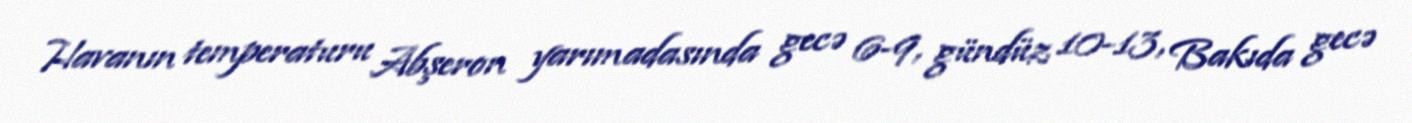
Havanın temperaturu Abşeron yarımadasında gecə 6-9, gündüz 10-13, Bakıda gecə